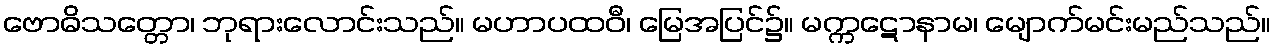
ဗောဓိသတ္တော၊ ဘုရားလောင်းသည်။ မဟာပထဝီ၊ မြေအပြင်၌။ မက္ကဋောနာမ၊ မျောက်မင်းမည်သည်။